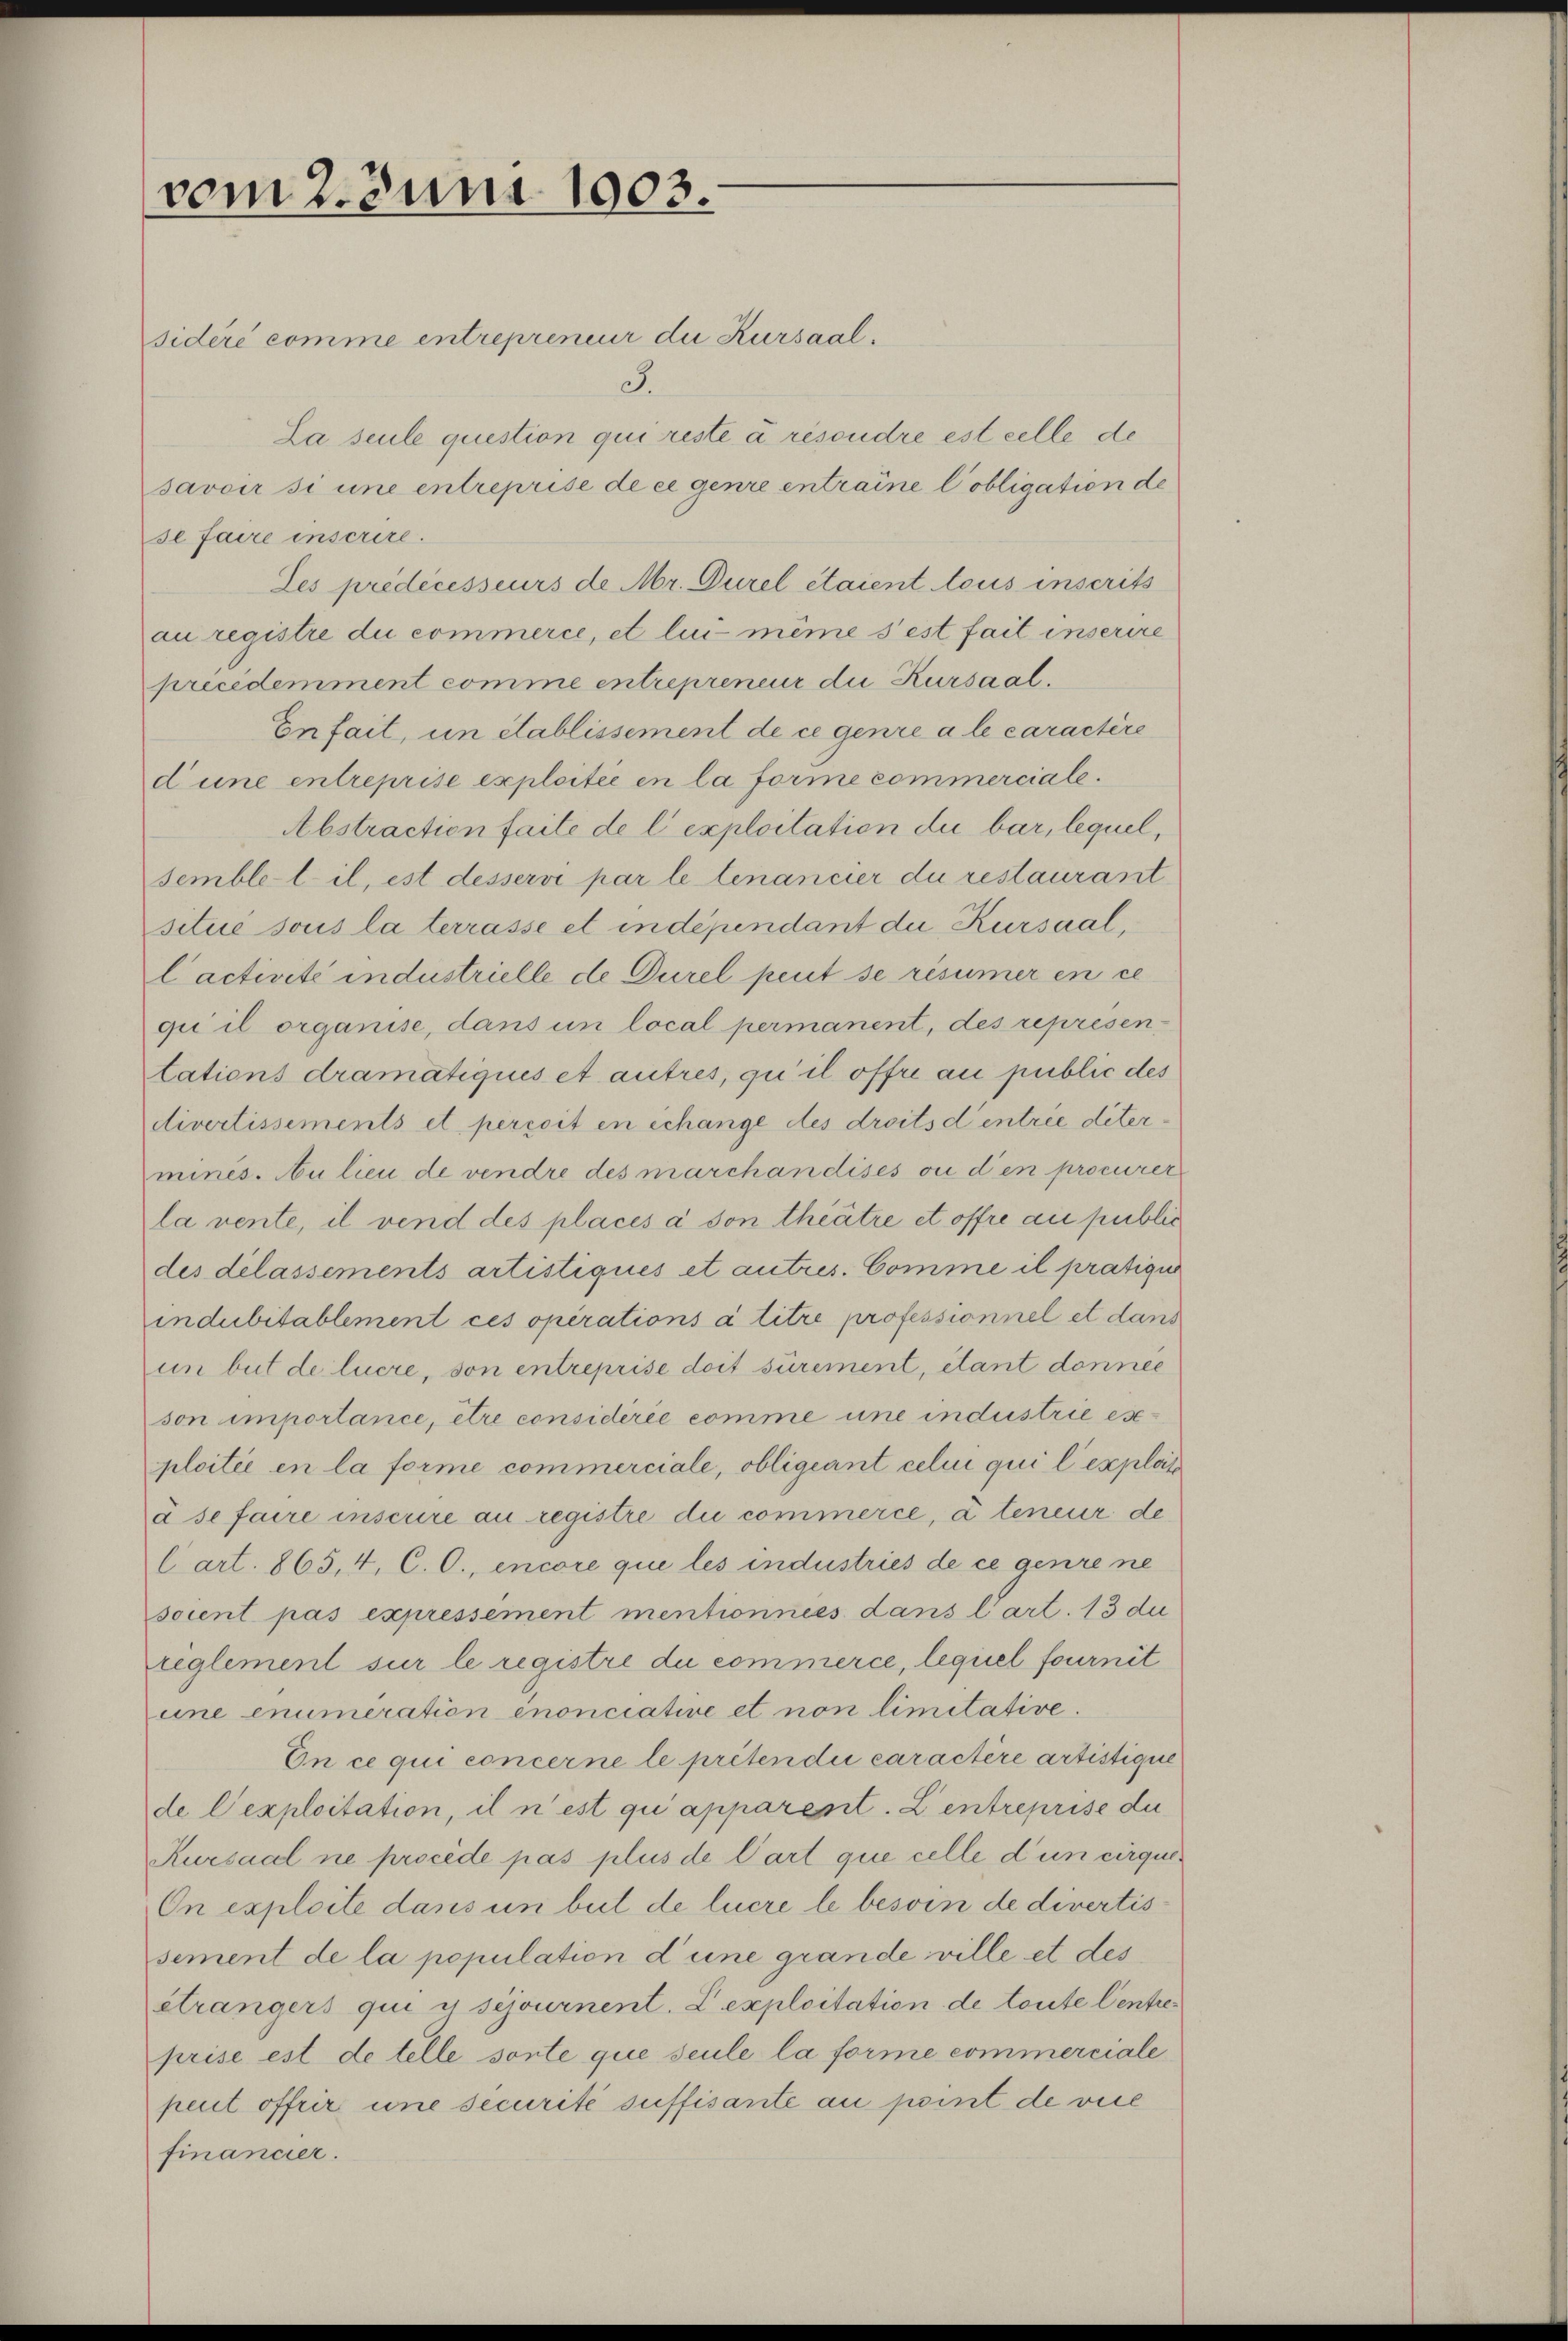
vom 2. Juni 1903.
sidéré comme entrepreneur die Kursaal.

3.
La seule question qui reste à resondre est celle de
savoir si une entreprise de ce genre entraine Pobligation de
se faire inscrire.
Les prédécesseurs de Mr. Durel étaient tous inscrits
au registre du commerce, et lui même s’est fait inserire
précédemment comme entrepreneur die Kursaal.
Enfait, un établissement de ce genre a le caractère
d une entreprise exploitié en la forme commerciale.
Abstraction faite de l’exploitation du bar, lequel,
semble-lil, ist desservi par le tenancier du restaurant
situé sous la terrasse et indépendant die Kursaal,
Cactivité industrielle de Durel peut se résumer en ce
gii il organise, dans un local permanent, des representations dramatiqués et autres, qui il offre au public des
divertissements et percoit en échange des droits d’entrie ditermines. Au lieu de vendre des marchandises ou den procurerla vente, il vend des placés à son theätre et offre au public
des delassements artistiqués et autres. Comme il pratiqui
indubitablement ces operations à titre professionnel et dans
im but de luere, son entreprise doit surement, étant donnée
son importance, être considérée comme une industrie eseploitié en la forme commerciale, obligeant celui qui l’explos
à se faire inscrire au registre die commerce, à teneur de
Cart. 865, 4, C. O., encore que les industries de ce genre ne
soient pas expressement mentionnées dans l’art. 13 de
reglement sur le registre du commerce, lequel fournit
une enumeration enonciative et non limitative.
En ce qui concerne le prétendii caractère artistique
de l’exploitation, il n’est qui apparent. Zentreprise der
Kursaal ne procède pas plus de Cart que celle d’un cirque¬
On exploite dans un beit de lucre le besoin de divertissement de la population d’une grande ville et des
étrangers qui y séjournent. Lexploitation de toute Centreprise est de telle sonte que seule la forme commerciale
peut offrir une securité suffisante au point de vie
financier.